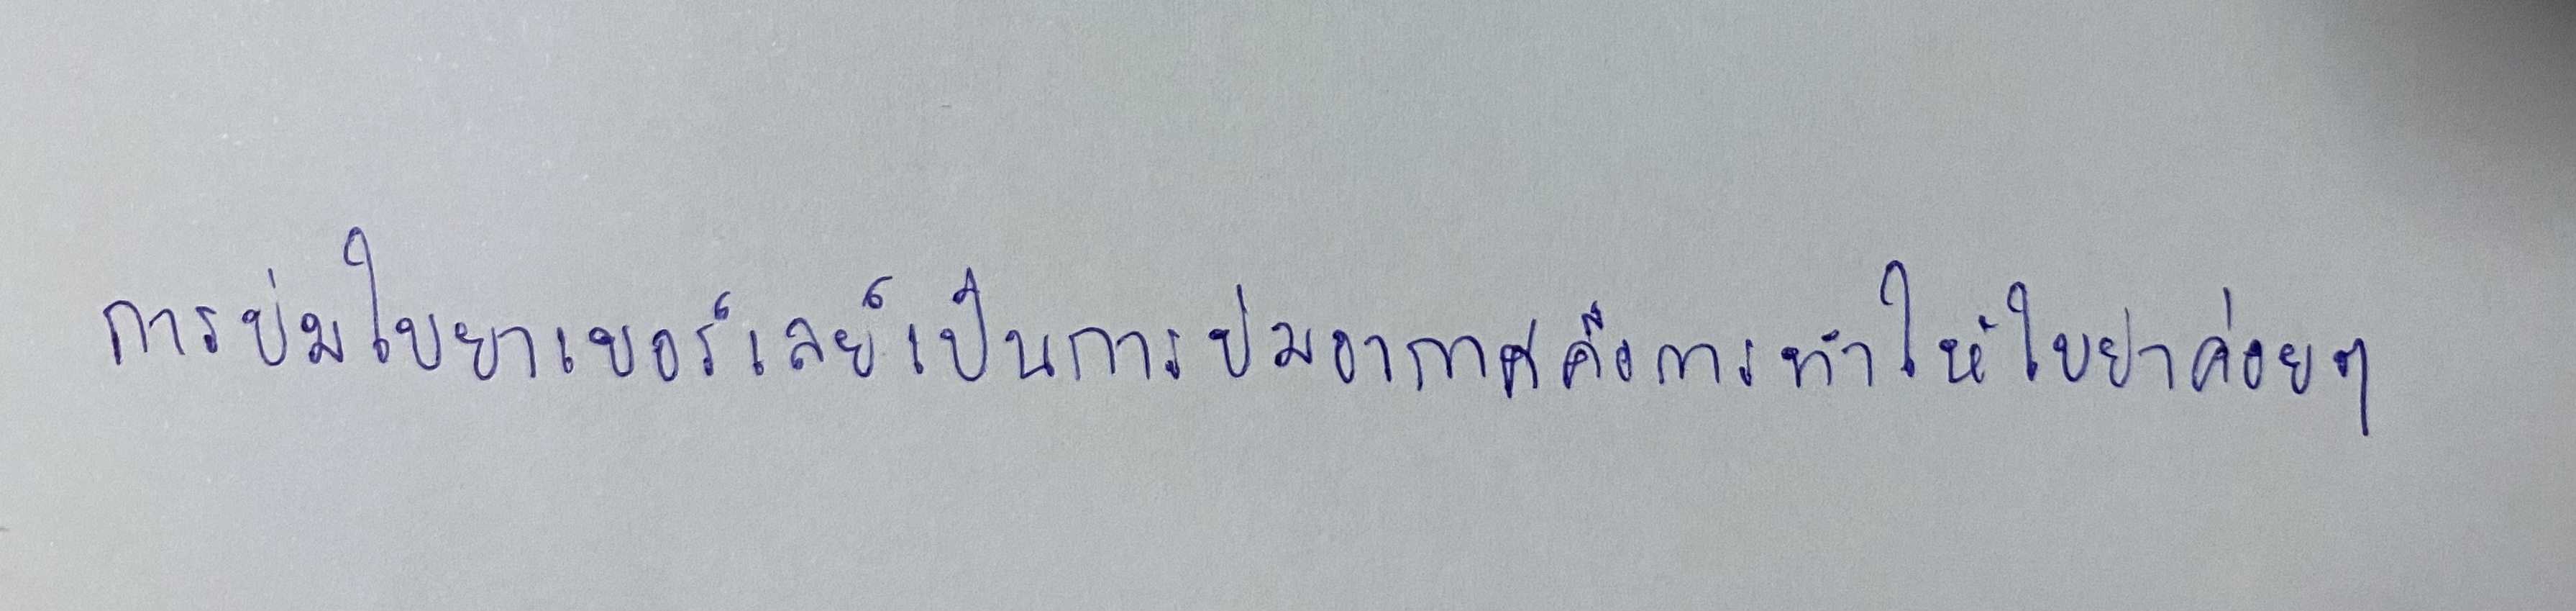
การบ่มใบยาเบอร์เลย์เป็นการบ่มอากาศคือการทำให้ใบยาค่อยๆ